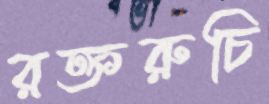
রক্তরুচি